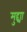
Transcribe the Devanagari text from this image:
मुद्द्या